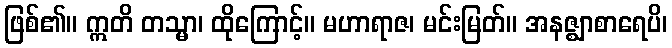
ဖြစ်၏။ ဣတိ တသ္မာ၊ ထိုကြောင့်။ မဟာရာဇ၊ မင်းမြတ်။ အနဇ္ဈာစာရေပိ၊